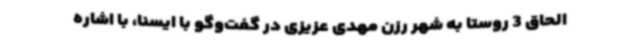
الحاق 3 روستا به شهر رزن مهدی عزیزی در گفت‌وگو با ایسنا، با اشاره